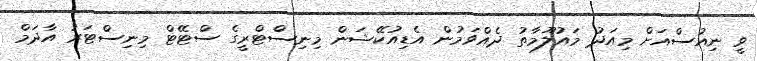
ވީ ނިއުސްއަށް މިއަދު މައުލޫމާތު ދެއްވަމުން އެޑިއުކޭޝަން މިނިސްޓްރީގެ ސްޓޭޓް މިނިސްޓަރު އާދަމް